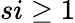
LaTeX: si\geq 1